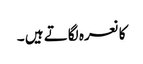
کا نعرہ لگاتے ہیں ۔